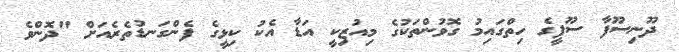
ދޫނިސޫފާ ސޫފީގެ ހިތްގައިމު ގޮވުންތަކުގެ މިއުޒިކީ އަޑާ އެކު ކިޅީގެ ފެންގަނޑުތެރެއަށް "ދޮންވެ